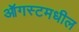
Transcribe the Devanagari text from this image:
ऑगस्टमधील